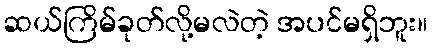
ဆယ်ကြိမ်ခုတ်လို့မလဲတဲ့ အပင်မရှိဘူး။